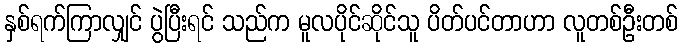
နှစ်ရက်ကြာလျှင် ပွဲပြီးရင် သည်က မူလပိုင်ဆိုင်သူ ပိတ်ပင်တာဟာ လူတစ်ဦးတစ်